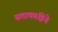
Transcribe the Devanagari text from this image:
सत्ताकांक्षेने